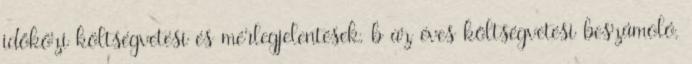
időközi költségvetési és mérlegjelentések, b az éves költségvetési beszámoló,